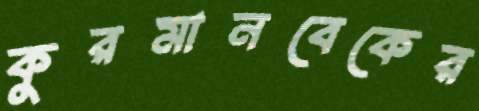
কুরমানবেকের